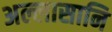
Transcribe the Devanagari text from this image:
अल्लासानि